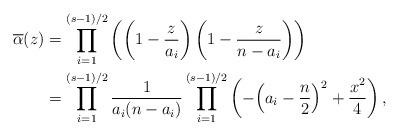
LaTeX: \begin{align*}\overline{\alpha}(z)&=\prod_{i=1}^{(s-1)/2}\left(\left(1-\frac{z}{a_i}\right)\left(1-\frac{z}{n-a_i}\right)\right)\\&=\prod_{i=1}^{(s-1)/2}\frac{1}{a_i(n-a_i)}\prod_{i=1}^{(s-1)/2}\left(-\Big(a_i-\frac{n}{2}\Big)^2+\frac{x^2}{4}\right),\end{align*}